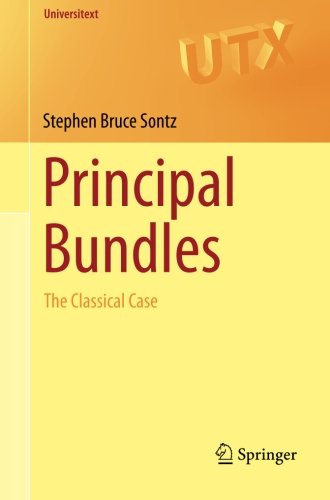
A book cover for Principal Bundles: The Classical Case (Universitext); Stephen Bruce Sontz; Computers & Technology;